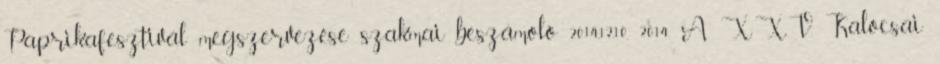
Paprikafesztivál megszervezése szakmai beszámoló 2014.12.10. 2014. A XXV. Kalocsai